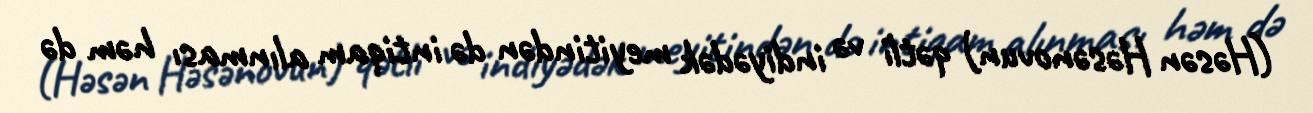
(Həsən Həsənovun) qətli və indiyədək meyitindən də intiqam alınması həm də